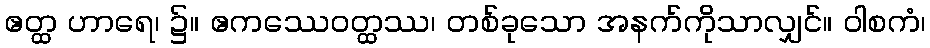
ဧတ္ထ ဟာရေ၊ ၌။ ဧကဿေဝတ္ထဿ၊ တစ်ခုသော အနက်ကိုသာလျှင်။ ဝါစကံ၊